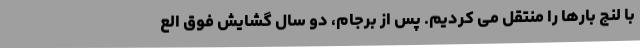
با لنج بارها را منتقل می کردیم. پس از برجام، دو سال گشایش فوق الع